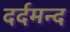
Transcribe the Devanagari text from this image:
दर्दमन्द